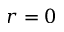
r = 0